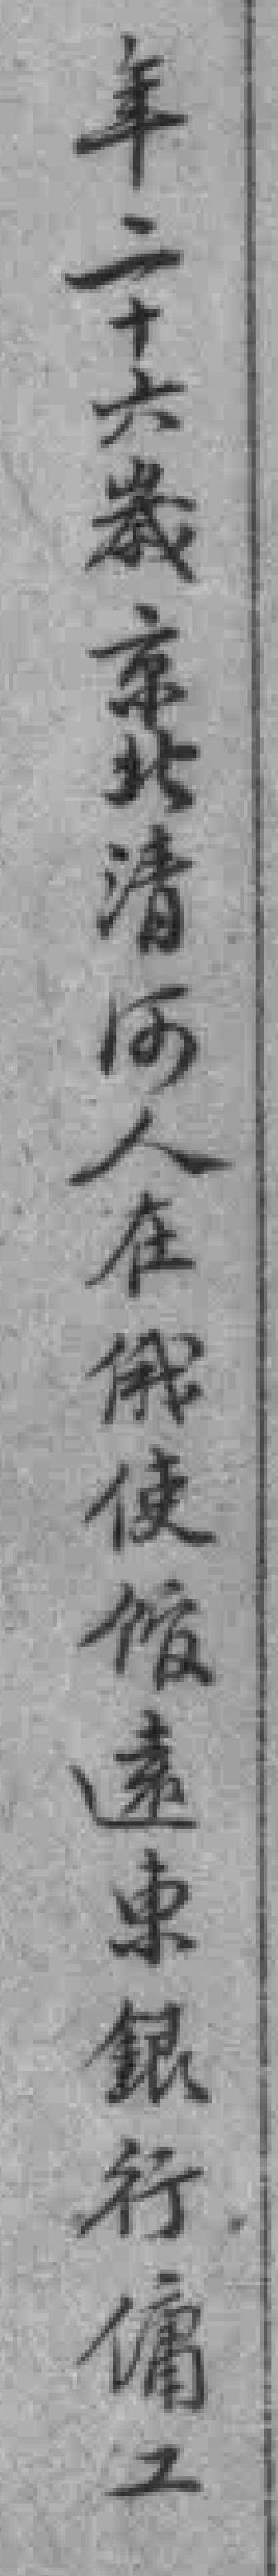
年二十六歲京北清河人在俄使馆遠東銀行傭工